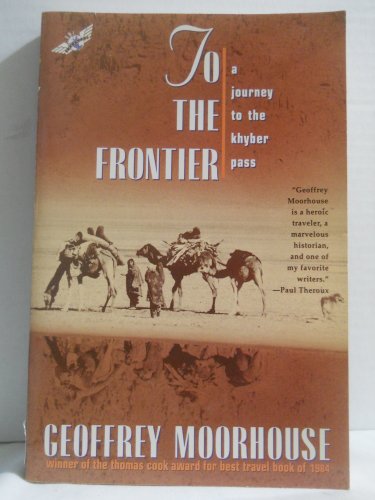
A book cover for To the Frontier: A Journey to the Khyber Pass; Geoffrey Moorhouse; Travel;